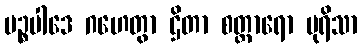
မဉ္စပါဒေ ဂဟေတွာ ဌိတာ စတ္တာရော ပုရိသာ